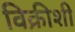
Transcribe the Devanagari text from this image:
विक्रीशी